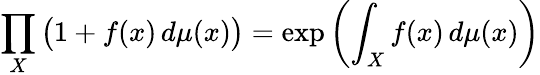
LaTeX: \prod_{X}{\big(}1+f(x)\, d\mu(x){\big)}=\exp\left(\int_{X}f(x)\, d\mu(x)\right)